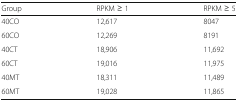
<table><thead><tr><td><b>Group</b></td><td><b>RPKM ≥ 1</b></td><td><b>RPKM ≥ 5</b></td></tr></thead><tbody><tr><td>40CO</td><td>12,617</td><td>8047</td></tr><tr><td>60CO</td><td>12,269</td><td>8191</td></tr><tr><td>40CT</td><td>18,906</td><td>11,692</td></tr><tr><td>60CT</td><td>19,016</td><td>11,975</td></tr><tr><td>40MT</td><td>18,311</td><td>11,489</td></tr><tr><td>60MT</td><td>19,028</td><td>11,865</td></tr></tbody></table>